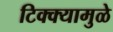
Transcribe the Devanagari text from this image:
टिक्क्यामुळे